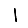
Digit: 1